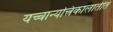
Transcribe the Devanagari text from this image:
यच्चान्यत्त्रिकालातीतं